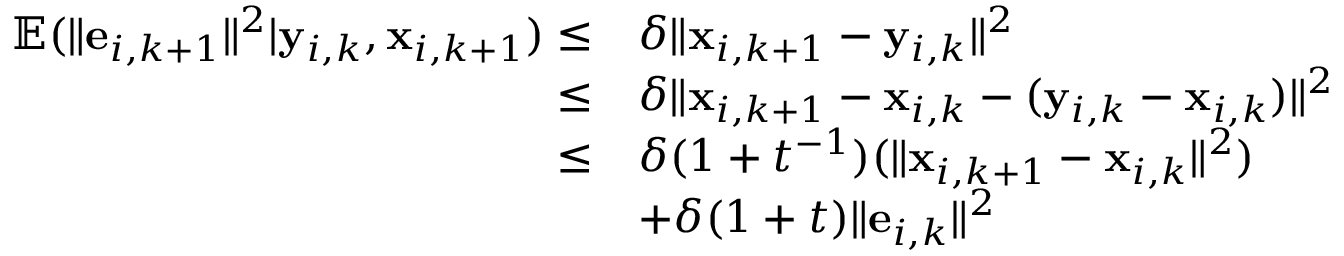
\begin{array} { r l } { \mathbb { E } ( \| \mathbf { e } _ { i , k + 1 } \| ^ { 2 } | \mathbf { y } _ { i , k } , \mathbf { x } _ { i , k + 1 } ) \leq } & { \delta \| \mathbf { x } _ { i , k + 1 } - \mathbf { y } _ { i , k } \| ^ { 2 } } \\ { \leq } & { \delta \| \mathbf { x } _ { i , k + 1 } - \mathbf { x } _ { i , k } - ( \mathbf { y } _ { i , k } - \mathbf { x } _ { i , k } ) \| ^ { 2 } } \\ { \leq } & { \delta ( 1 + t ^ { - 1 } ) ( \| \mathbf { x } _ { i , k + 1 } - \mathbf { x } _ { i , k } \| ^ { 2 } ) } \\ & { + \delta ( 1 + t ) \| \mathbf { e } _ { i , k } \| ^ { 2 } } \end{array}